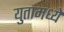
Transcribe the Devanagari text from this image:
युतामध्ये